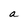
Character: a